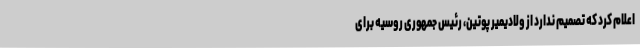
اعلام کرد که تصمیم ندارد از ولادیمیر پوتین، رئیس جمهوری روسیه برای